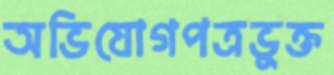
অভিযোগপত্রভুক্ত